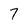
Character: 7